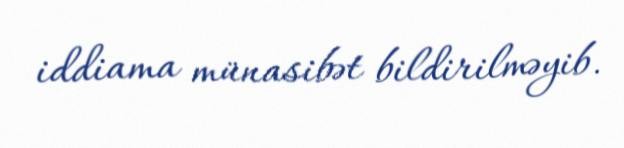
iddiama münasibət bildirilməyib.